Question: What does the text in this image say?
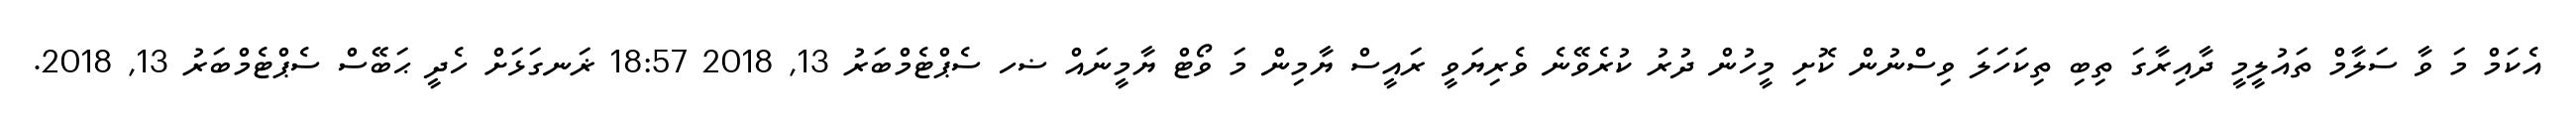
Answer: އެކަމް މަ ވާ ސަލާމް ތައުލީމީ ދާއިރާގަ ތިބި ތިކަހަލަ ވިސްނުން ކޮށި މީހުން ދުރު ކުރެވޭނެ ވެރިޔަވީ ރައީސް ޔާމިން މަ ވޯޓް ޔާމީނައް ޟހ ސެޕްޓެމްބަރު 13, 2018 18:57 ޜަނގަޅަށް ހެދީ ޙަބޭސް ސެޕްޓެމްބަރު 13, 2018.